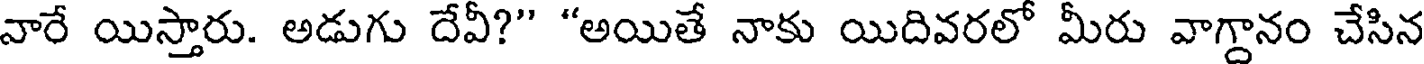
వారే యిస్తారు. అడుగు దేవీ?" "అయితే నాకు యిదివరలో మీరు వాగ్దానం చేసిన